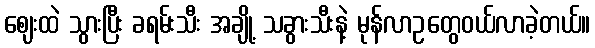
ဈေးထဲ သွားပြီး ခရမ်းသီး အချို့ သခွားသီးနဲ့ မုန်လာဥတွေဝယ်လာခဲ့တယ်။